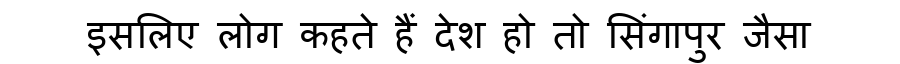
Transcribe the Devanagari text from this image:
इसलिए लोग कहते हैं देश हो तो सिंगापुर जैसा